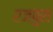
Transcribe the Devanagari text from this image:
रजपुरा